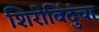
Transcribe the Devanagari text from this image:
शिरोबिंदुंचा